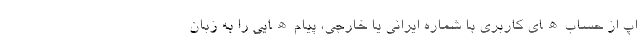
اپ از حساب‌ھای کاربری با شماره ایرانی یا خارجی، پیام‌ھایی را به زبان